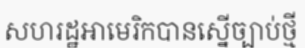
សហរដ្ឋអាមេរិកបានស្នើច្បាប់ថ្មី